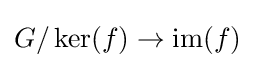
G/\ker(f)\to \operatorname {im} (f)